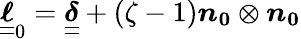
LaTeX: \boldsymbol{\underline{{\underline{{\ell}}}}}_{0}=\boldsymbol{\underline{{\underline{{\delta}}}}}+(\zeta-1)\boldsymbol{n_{0}}\otimes\boldsymbol{n_{0}}